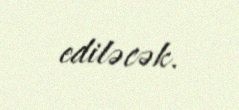
ediləcək.